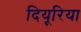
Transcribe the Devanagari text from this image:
दियूरिया